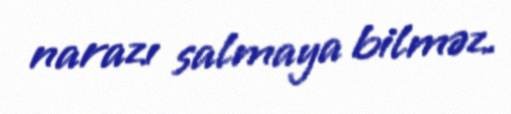
narazı salmaya bilməz.